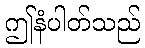
ဤနံပါတ်သည်